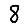
Digit: 8